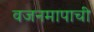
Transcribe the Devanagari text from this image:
वजनमापाची